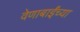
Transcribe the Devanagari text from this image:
वेणाबाईंच्या